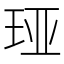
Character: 𮴏